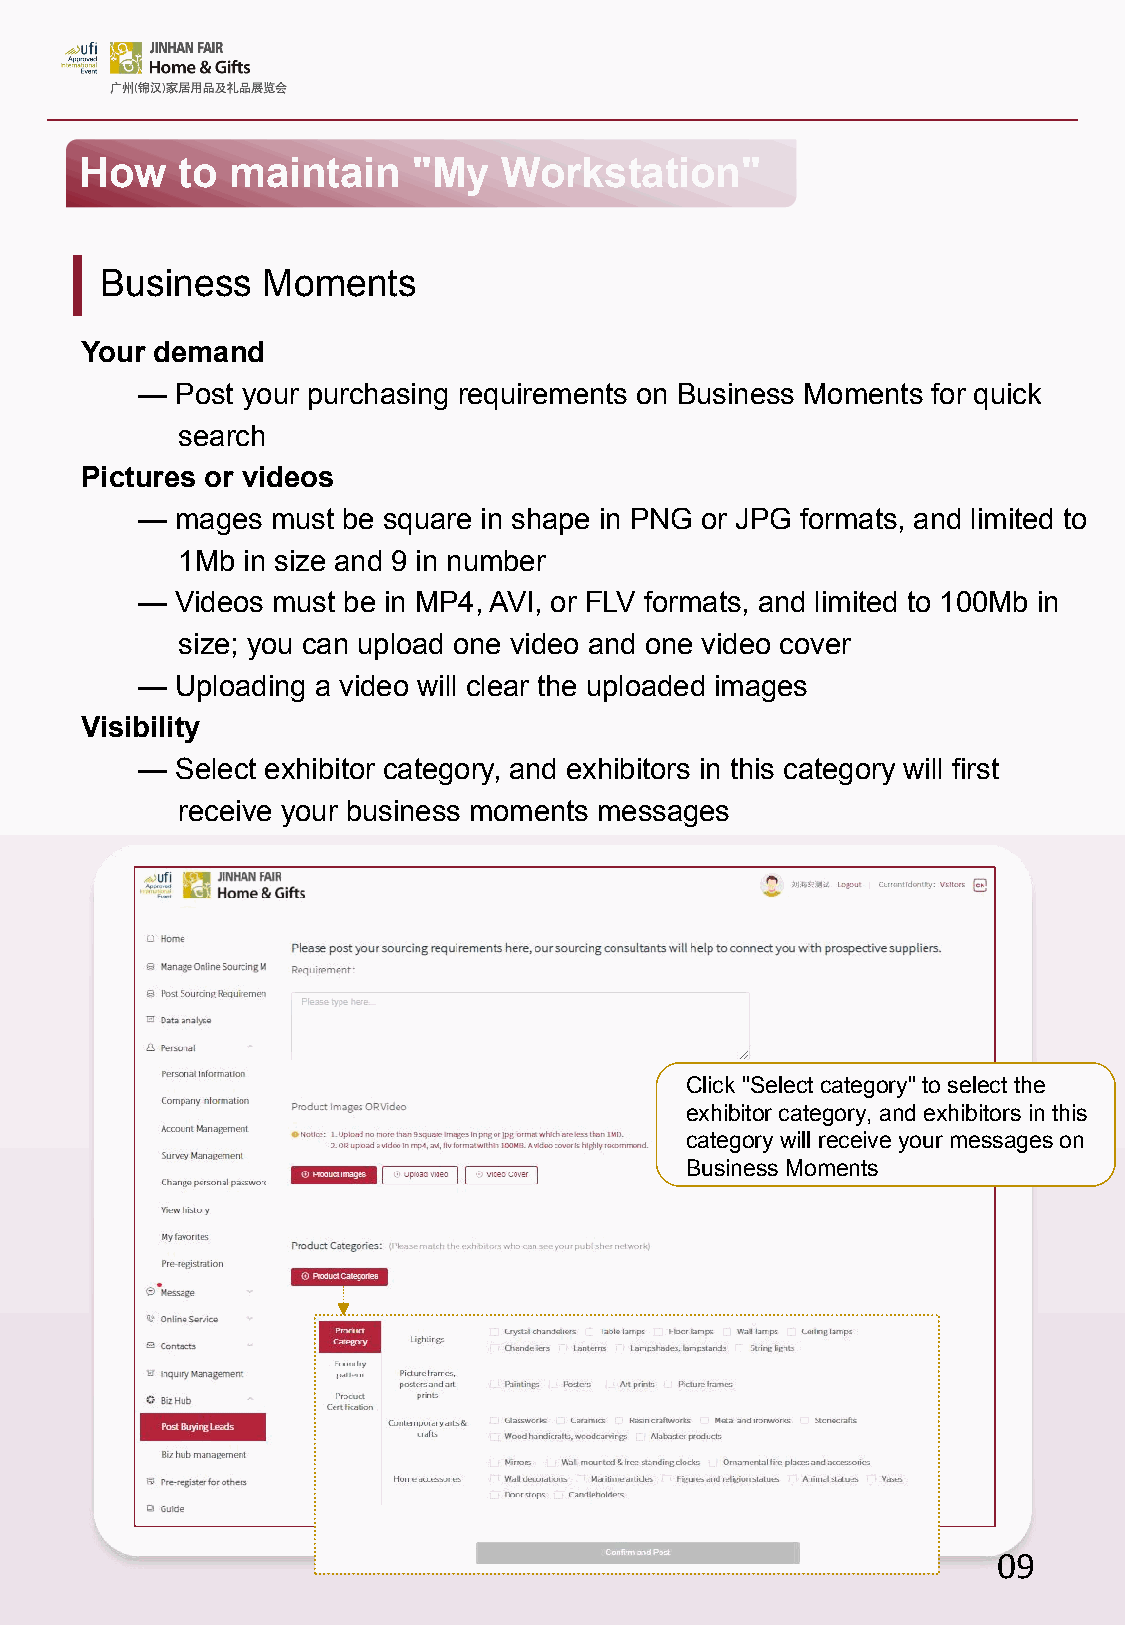
How    to maintain    "My   Workstation"
 Business  Moments
 Your demand
 —  Post your purchasing requirements on Business Moments for quick
 search
 Pictures or videos
 —  mages must be square in shape in PNG or JPG formats, and limited to
 1Mb in size and 9 in number
 —  Videos must be in MP4, AVI, or FLV formats, and limited to 100Mb in
 size; you can upload one video and one video cover
 —  Uploading a video will clear the uploaded images
 Visibility
 —  Select exhibitor category, and exhibitors in this category will first
 receive your business moments messages
 Click "Select category" to select the
 exhibitor category, and exhibitors in this
 category will receive your messages on
 Business Moments
 09